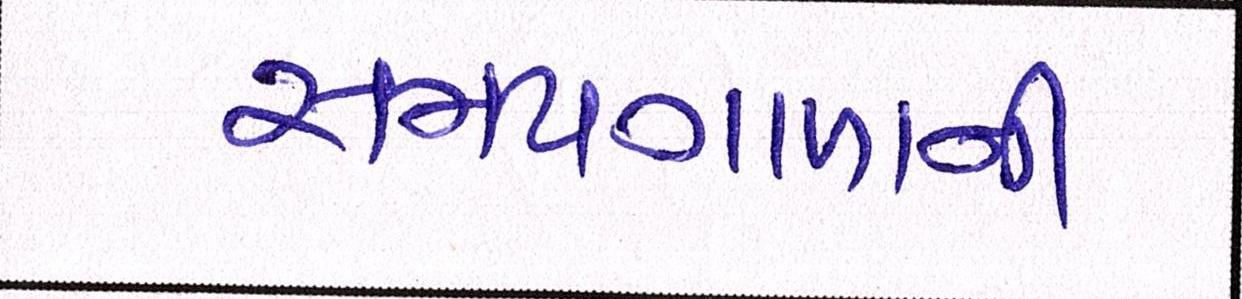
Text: સમયગાળાની